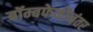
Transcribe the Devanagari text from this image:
बॉम्बफेकीनंतर